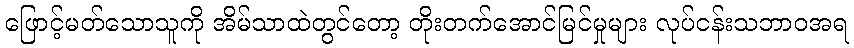
ဖြောင့်မတ်သောသူကို အိမ်သာထဲတွင်တော့ တိုးတက်အောင်မြင်မှုများ လုပ်ငန်းသဘာဝအရ